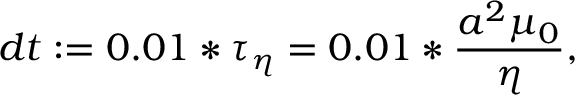
d t : = 0 . 0 1 * \tau _ { \eta } = 0 . 0 1 * \frac { a ^ { 2 } \mu _ { 0 } } { \eta } ,